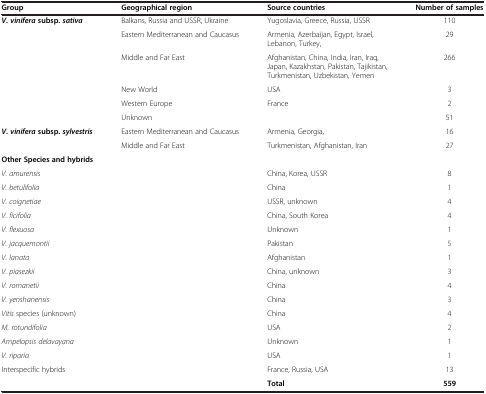
<table><thead><tr><td><b>Group</b></td><td><b>Geographical region</b></td><td><b>Source countries</b></td><td><b>Number of samples</b></td></tr></thead><tbody><tr><td rowspan="6"><b><i>V. vinifera </i></b><b>subsp. </b><b><i>sativa</i></b></td><td>Balkans, Russia and USSR, Ukraine</td><td>Yugoslavia, Greece, Russia, USSR</td><td>110</td></tr><tr><td>Eastern Mediterranean and Caucasus</td><td>Armenia, Azerbaijan, Egypt, Israel, Lebanon, Turkey,</td><td>29</td></tr><tr><td>Middle and Far East</td><td>Afghanistan, China, India, Iran, Iraq, Japan, Kazakhstan, Pakistan, Tajikistan, Turkmenistan, Uzbekistan, Yemen</td><td>266</td></tr><tr><td>New World</td><td>USA</td><td>3</td></tr><tr><td>Western Europe</td><td>France</td><td>2</td></tr><tr><td>Unknown</td><td> </td><td>51</td></tr><tr><td rowspan="2"><b><i>V. vinifera </i></b><b>subsp. </b><b><i>sylvestris</i></b></td><td>Eastern Mediterranean and Caucasus</td><td>Armenia, Georgia,</td><td>16</td></tr><tr><td>Middle and Far East</td><td>Turkmenistan, Afghanistan, Iran</td><td>27</td></tr><tr><td><b>Other Species and hybrids</b></td><td> </td><td> </td><td> </td></tr><tr><td><i>V. amurensis</i></td><td> </td><td>China, Korea, USSR</td><td>8</td></tr><tr><td><i>V. betulifolia</i></td><td> </td><td>China</td><td>1</td></tr><tr><td><i>V. coignetiae</i></td><td> </td><td>USSR, unknown</td><td>4</td></tr><tr><td><i>V. ficifolia</i></td><td> </td><td>China, South Korea</td><td>4</td></tr><tr><td><i>V. flexuosa</i></td><td> </td><td>Unknown</td><td>1</td></tr><tr><td><i>V. jacquemontii</i></td><td> </td><td>Pakistan</td><td>5</td></tr><tr><td><i>V. lanata</i></td><td> </td><td>Afghanistan</td><td>1</td></tr><tr><td><i>V. piasezkii</i></td><td> </td><td>China, unknown</td><td>3</td></tr><tr><td><i>V. romanetii</i></td><td> </td><td>China</td><td>4</td></tr><tr><td><i>V. yenshanensis</i></td><td> </td><td>China</td><td>3</td></tr><tr><td><i>Vitis</i> species (unknown)</td><td> </td><td>China</td><td>4</td></tr><tr><td><i>M. rotundifolia</i></td><td> </td><td>USA</td><td>2</td></tr><tr><td><i>Ampelopsis delavayana</i></td><td> </td><td>Unknown</td><td>1</td></tr><tr><td><i>V. riparia</i></td><td> </td><td>USA</td><td>1</td></tr><tr><td>Interspecific hybrids</td><td> </td><td>France, Russia, USA</td><td>13</td></tr><tr><td> </td><td> </td><td><b>Total</b></td><td><b>559</b></td></tr></tbody></table>